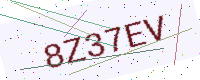
Text: 8Z37EV